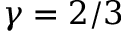
\gamma = 2 / 3